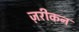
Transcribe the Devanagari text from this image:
ज़रीकन